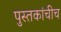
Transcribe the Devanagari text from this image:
पुस्तकांचीच